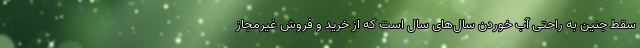
سقط جنین به راحتی آب خوردن سال‌های سال است که از خرید و فروش غیرمجاز